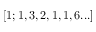
[ 1 ; 1 , 3 , 2 , 1 , 1 , 6 . . . ]